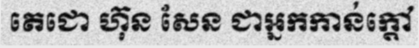
តេជោ ហ៊ុន សែន ជាអ្នកកាន់ក្តៅ